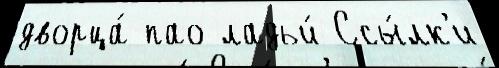
дворца́ пао ладьи́ Ссы́лк'и